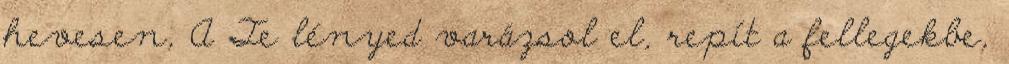
hevesen, A Te lényed varázsol el, repít a fellegekbe,